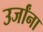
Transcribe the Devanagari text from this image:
उर्जांना